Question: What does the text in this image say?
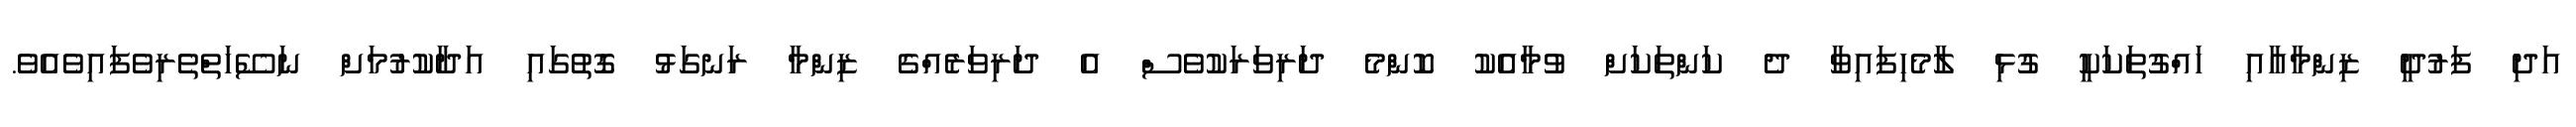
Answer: އަދި ފަރުދީ ޒިންމާއާއި ހައްގުތަކަކީ ގުޅި ލާމެހިފައިވާ ދެ ކަންތަކަށް ވުމާއެކު ކޮންމެ ދަރިވަރަކުވެސް އެ ދަރިވަރެއްގެ ޒިންމާ ރަނގަޅު ގޮތުގައި އަދާކުރުމަށް ނަސޭހަތްތެރިވެފައިވެއެވެ.